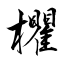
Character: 欋